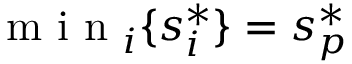
\textrm { m i n } _ { i } \{ s _ { i } ^ { * } \} = s _ { p } ^ { * }